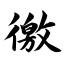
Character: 徼